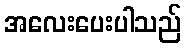
အလေးပေးပါသည်